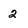
Character: 2